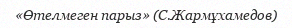
«Өтелмеген парыз» (С.Жармұхамедов)